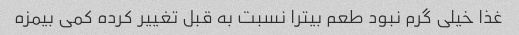
غذا خیلی گرم نبود طعم بیترا نسبت به قبل تغییر کرده کمی بیمزه